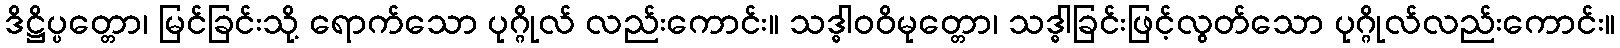
ဒိဋ္ဌိပ္ပတ္တော၊ မြင်ခြင်းသို့ ရောက်သော ပုဂ္ဂိုလ် လည်းကောင်း။ သဒ္ဓါဝဝိမုတ္တော၊ သဒ္ဓါခြင်းဖြင့်လွတ်သော ပုဂ္ဂိုလ်လည်းကောင်း။